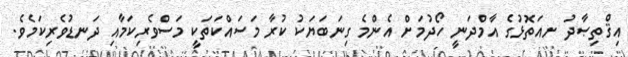
އިޤްތިޞާދު ށއަތޮޅުގެ އާމްދަނީ ހޯދުމަށް އެންމެ ގިނަބަޔަކު ކުރާ މަސައްކަތަކީ މަސްވެރިކަމާއި ދަނޑުވެރިކަމެވެ.